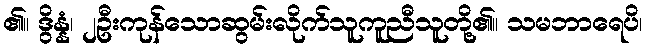
၏။ ဒွိန္နံ၊ ၂ဦးကုန်သောဆွမ်းလိုက်သူကူညီသူတို့၏။ သမဘာရေပိ၊